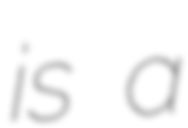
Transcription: is a